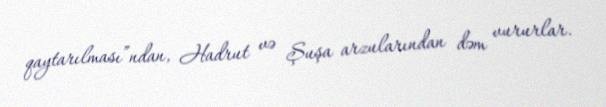
qaytarılması”ndan, Hadrut və Şuşa arzularından dəm vururlar.